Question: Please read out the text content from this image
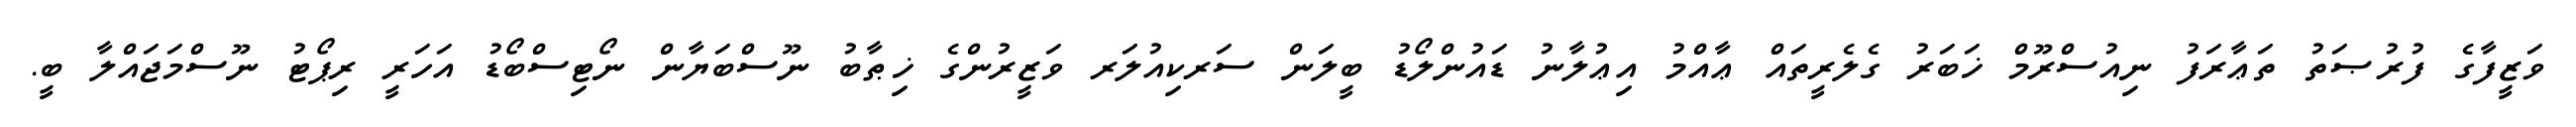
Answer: ވަޒީފާގެ ފުރުޞަތު ތަޢާރަފު ނިއުސްރޫމް ޚަބަރު ގެލެރީތައް ޢާއްމު އިޢުލާނު ޑައުންލޯޑު ބީލަން ސަރކިއުލަރ ވަޒީރުންގެ ޚިޠާބު ނޫސްބަޔާން ނޯޓިސްބޯޑު އަހަރީ ރިޕޯޓު ނޫސްމަޖައްލާ ބީ.